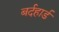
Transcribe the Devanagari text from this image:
बर्दहार्ड